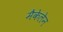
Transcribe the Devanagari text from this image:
मैकेलेन